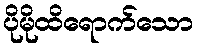
ပိုမိုထိရောက်သော